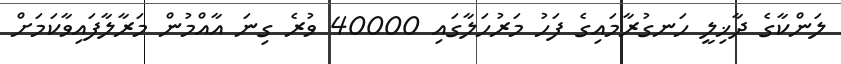
ލަންކާގެ ދާޚިލީ ހަނގުރާމައިގެ ފަހު މަރުހަލާގައި 40000 ވުރެ ގިނަ އާއްމުން މަރާލާފައިވާކަމަށް